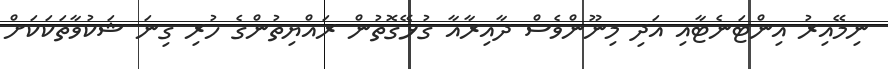
ނިމޭއިރު އިންޓަނެޓާއި އަދި މިނޫންވެސް ދާއިރާއާ ގުޅޭގޮތުން ރައްޔިތުންގެ ހުރި ގިނަ ޝަކުވާތަކަކަށް